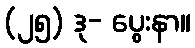
(၂၅) ဒု- ပွေးနာ။